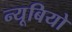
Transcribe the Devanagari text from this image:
न्यूबियो